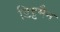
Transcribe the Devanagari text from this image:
डिट्टमैन